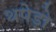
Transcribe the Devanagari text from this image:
थपेड़ो